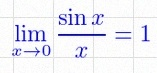
\lim_{x\to0}\frac{\sin x}{x}=1